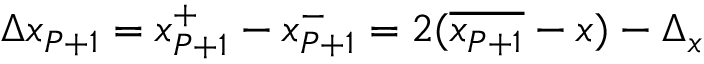
\Delta x _ { P + 1 } = x _ { P + 1 } ^ { + } - x _ { P + 1 } ^ { - } = 2 ( \overline { { x _ { P + 1 } } } - x ) - \Delta _ { x }